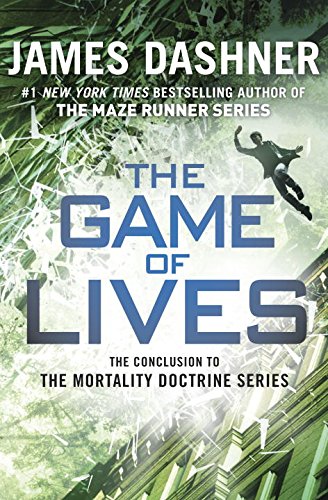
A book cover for The Game of Lives (The Mortality Doctrine, Book Three); James Dashner; Teen & Young Adult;